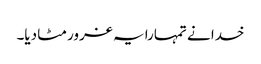
خدا نے تمہارا یہ غرور مٹا دیا۔